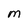
Character: M